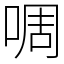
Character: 啁